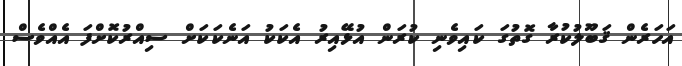
އަހަރެން ޤަބޫލުކުރާ ގޮތުގަ ކައިވެނި ކުރަން އުޅޭއިރު އެކަކު އަނެކަކަށް ސިއްރުކޮށްފަ އެއްވެސް